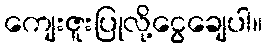
ကျေးဇူးပြုလို့ငွေချေပါ။